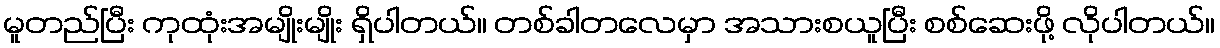
မူတည်ပြီး ကုထုံးအမျိုးမျိုး ရှိပါတယ်။ တစ်ခါတလေမှာ အသားစယူပြီး စစ်ဆေးဖို့ လိုပါတယ်။